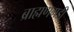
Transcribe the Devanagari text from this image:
ब्राह्मणगडी